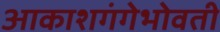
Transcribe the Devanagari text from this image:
आकाशगंगेभोवती